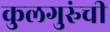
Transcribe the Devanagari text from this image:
कुलगुरुंची